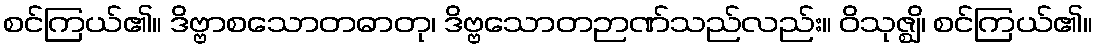
စင်ကြယ်၏။ ဒိဗ္ဗာစသောတဓာတု၊ ဒိဗ္ဗသောတဉာဏ်သည်လည်း။ ဝိသုဇ္ဈိ၊ စင်ကြယ်၏။